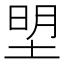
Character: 𭎮